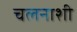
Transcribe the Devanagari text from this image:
चलनाशी